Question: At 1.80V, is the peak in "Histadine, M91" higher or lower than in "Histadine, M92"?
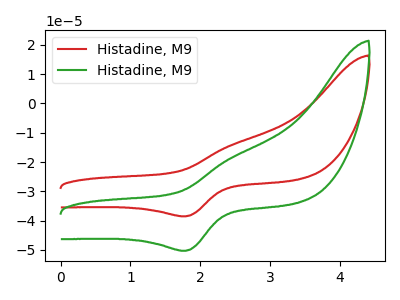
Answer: <think>The red curve "Histadine, M91" has an anodic peak at (2.45V, -14.15uA) and a cathodic peak at (1.80V, -38.50uA). The green curve "Histadine, M92" has an anodic peak at (2.45V, -18.45uA) and a cathodic peak at (1.80V, -50.30uA).</think>
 <answer>The peak at 1.80V is lower in "Histadine, M91" than in "Histadine, M92".</answer>
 <eval>lower</eval>